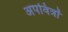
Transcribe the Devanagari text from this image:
अपवित्रों